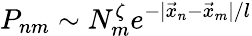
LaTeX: P_{nm}\sim N_{m}^{\zeta}e^{-|\vec{x}_{n}-\vec{x}_{m}|/l}